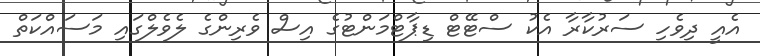
އެއީ ދިވެހި ސަރުކާރާ އެކު ސްޓޭޓް ޑިޕާޓްމަންޓުގެ އިސް ވެރިންގެ ލެވެލްގައި މަސައްކަތް